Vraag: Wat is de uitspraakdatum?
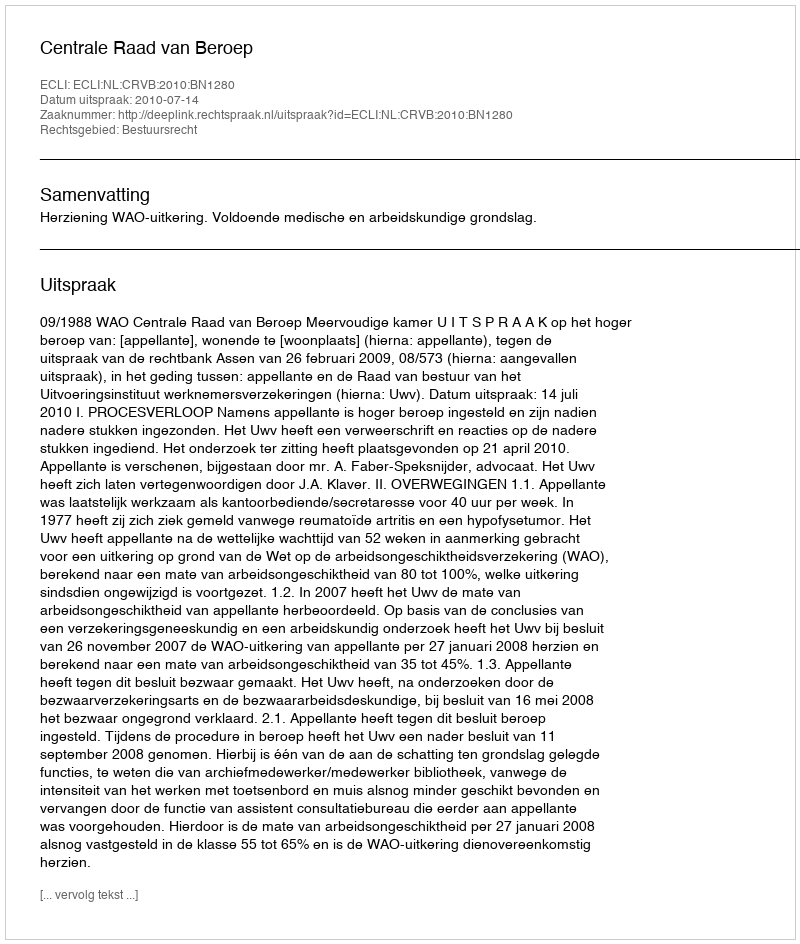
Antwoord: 2010-07-14